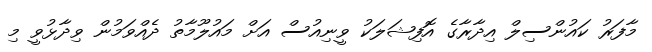
މާފަރު ކައުންސިލް އިދާރާގެ އޮފިޝަލަކު ވީނިއުސް އަށް މައުލޫމާތު ދެއްވަމުން ވިދާޅުވީ މި